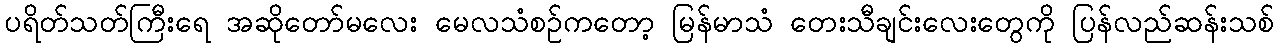
ပရိတ်သတ်ကြီးရေ အဆိုတော်မလေး မေလသံစဉ်ကတော့ မြန်မာသံ တေးသီချင်းလေးတွေကို ပြန်လည်ဆန်းသစ်